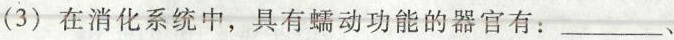
(3)在消化系统中，具有蠕动功能的器官有：___、